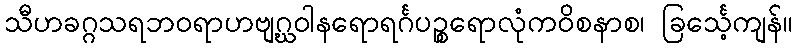
သီဟခဂ္ဂသရဘဝရာဟဗျဂ္ဃဝါနရောရင်္ဂပဉ္စရောလုံကဝိစနာစ၊ ခြင်္သေ့ကျန်။